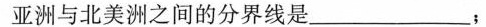
亚洲与北美洲之间的分界线是______；